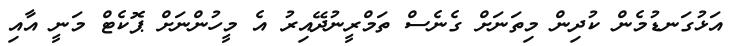
އަޅުގަނޑުމެން ކުދިން މިތަނަށް ގެނެސް ތަމްރީނުދޭއިރު އެ މީހުންނަށް ޕޮކެޓް މަނީ އާއި